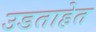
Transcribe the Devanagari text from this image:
उडताहेत